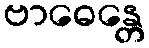
ဗာဓေန္တေ